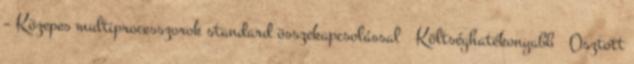
– Közepes multiprocesszorok standard összekapcsolással ● Költséghatékonyabb ● Osztott